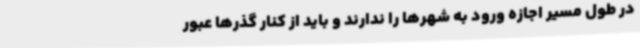
در طول مسیر اجازه ورود به شهرها را ندارند و باید از کنار گذرها عبور